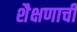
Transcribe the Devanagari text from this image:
शैक्षणाची